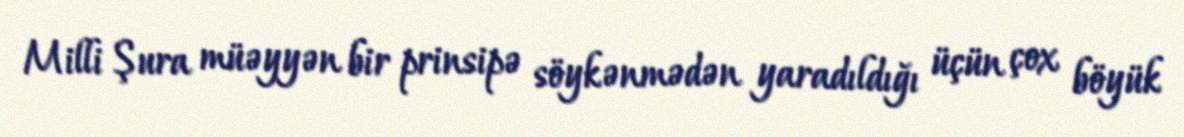
Milli Şura müəyyən bir prinsipə söykənmədən yaradıldığı üçün çox böyük